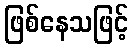
ဖြစ်နေသဖြင့်